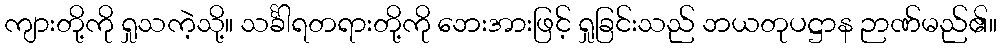
ကျားတို့ကို ရှုသကဲ့သို့။ သင်္ခါရတရားတို့ကို ဘေးအားဖြင့် ရှုခြင်းသည် ဘယတုပဋ္ဌာန ဉာဏ်မည်၏။